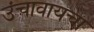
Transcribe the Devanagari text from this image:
उंचावायचा